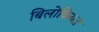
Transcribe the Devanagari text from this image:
बिलोकियत